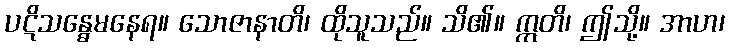
ပဋိသန္ဓေမနေရ။ သောဇာနာတိ၊ ထိုသူသည်။ သိ၏။ ဣတိ၊ ဤသို့။ အာဟ၊